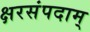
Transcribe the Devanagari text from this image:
क्षरसंपदाम्